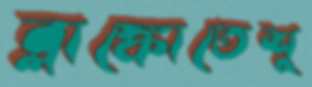
ব্লাঙ্কোতেশু